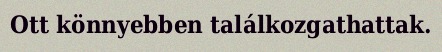
Ott könnyebben találkozgathattak.